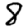
Digit: 8